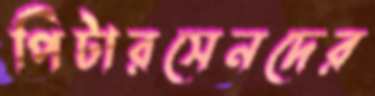
পিটারসেনদের